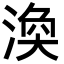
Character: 渙